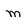
Character: m